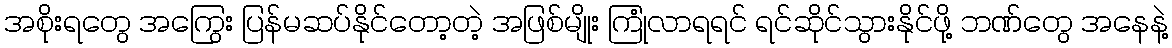
အစိုးရတွေ အကြွေး ပြန်မဆပ်နိုင်တော့တဲ့ အဖြစ်မျိုး ကြုံလာရရင် ရင်ဆိုင်သွားနိုင်ဖို့ ဘဏ်တွေ အနေနဲ့